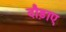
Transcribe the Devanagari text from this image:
दौड़ाए